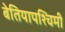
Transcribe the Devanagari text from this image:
बेतियापश्चिमी